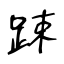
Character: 踈